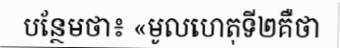
បន្ថែមថា៖ «មូលហេតុទី២គឺថា